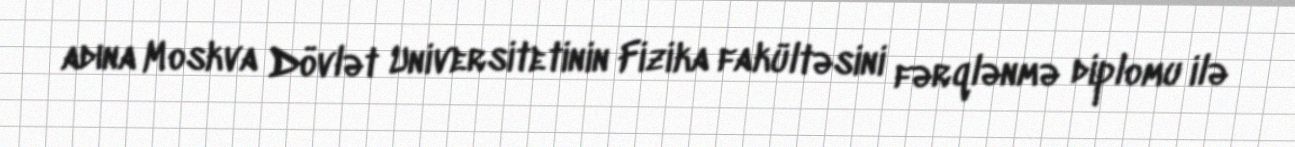
adına Moskva Dövlət Universitetinin Fizika fakültəsini fərqlənmə diplomu ilə